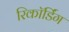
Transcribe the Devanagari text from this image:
रिकाॅर्डिंग